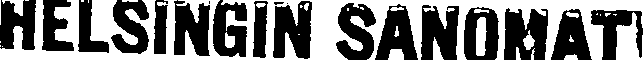
HELSINGIN SANOMAT